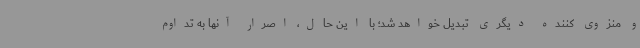
و منزوی کننده دیگری تبدیل خواهد شد؛ با این حال، اصرار آنها به تداوم